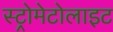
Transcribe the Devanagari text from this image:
स्ट्रोमेटोलाइट